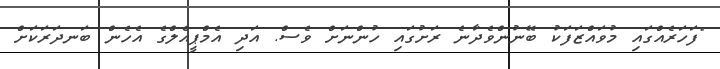
"ފަހަރެއްގައި މުވައްޒަފަކު ބޭނުންވެދާނެ ރަށުގައި ހުންނަށް ވެސް. އަދި އެމްޕީއެލްގެ އެހެން ބަނދަރަކަށް